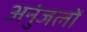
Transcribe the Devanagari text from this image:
अनुंजलों